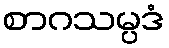
စာဂသမ္ပဒံ